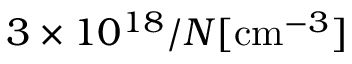
3 \times 1 0 ^ { 1 8 } / N [ \mathrm { c m } ^ { - 3 } ]